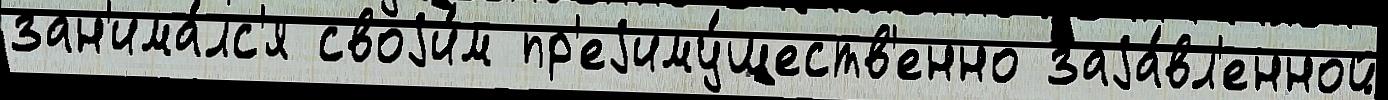
зан'има́лс'я своjи́м пр'еjиму́ществ'енно заjа́вл'енной